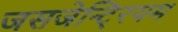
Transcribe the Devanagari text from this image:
जसजेन्टि्रयम